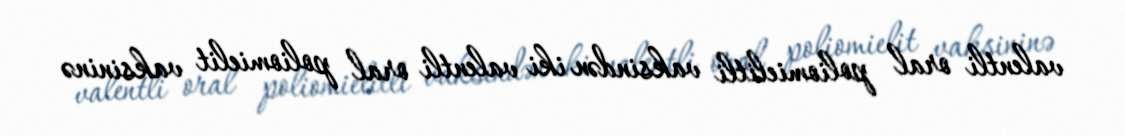
valentli oral poliomielitli vaksindən iki valentli oral poliomielit vaksininə